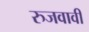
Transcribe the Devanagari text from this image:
रुजवावी